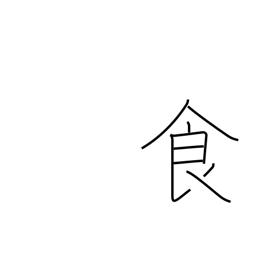
Meaning: food